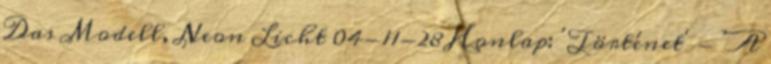
Das Modell, Neon Licht 04-11-28 Honlap: 'Történet' - 'A